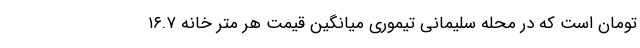
تومان است که در محله سلیمانی تیموری میانگین قیمت هر متر خانه ۱۶.۷